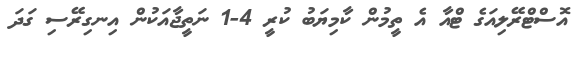
އޮސްޓްރޭލިއަގެ ޓްއާ އެ ތީމުން ކާމިޔަބު ކުރީ 4-1 ނަތީޖާއަކުން އިނގިރޭސި ގަދަ